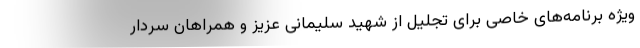
ویژه برنامه‌های خاصی برای تجلیل از شهید سلیمانی عزیز و همراهان سردار